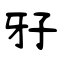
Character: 𤘅